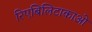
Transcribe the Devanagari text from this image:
रिएबिलिटाकाओ